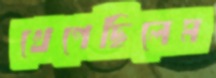
খেপেছিলেম